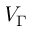
V _ { \Gamma }